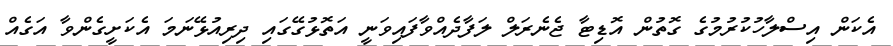
އެކަން އިސްލާހުކުރުމުގެ ގޮތުން އޮޑިޓާ ޖެނެރަލް ލަފާދެއްވާފައިވަނީ އަތޮޅުގޭގައި ދިރިއުޅޭނަމަ އެކަށީގެންވާ އަގެއް